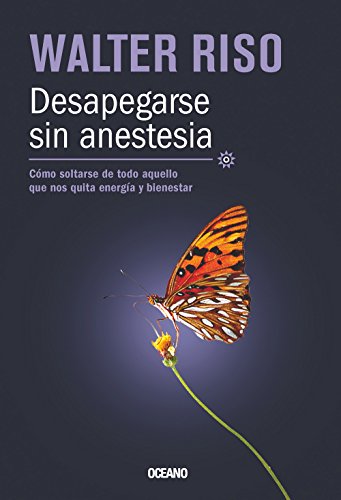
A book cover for Desapegarse sin anestesia: CÃ³mo soltarse de todo aquello que nos quita energÃ­a y bienestar (Biblioteca Walter Riso) (Spanish Edition); Walter Riso; Health, Fitness & Dieting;